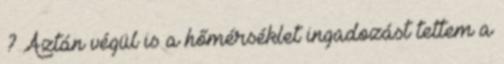
? Aztán végül is a hőmérséklet ingadozást tettem a